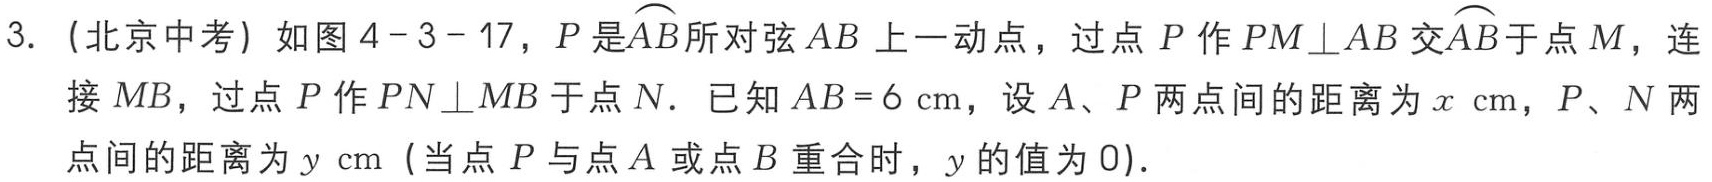
3. （北京中考）如图4 - 3 - 17，\(P\)是\(\overset{\frown}{AB}\)所对弦\(AB\)上一动点，过点\(P\)作\(PM\perp AB\)交\(\overset{\frown}{AB}\)于点\(M\)，连接\(MB\)，过点\(P\)作\(PN\perp MB\)于点\(N\). 已知\(AB = 6\mathrm{cm}\)，设\(A\)、\(P\)两点间的距离为\(x\mathrm{cm}\)，\(P\)、\(N\)两点间的距离为\(y\mathrm{cm}\)（当点\(P\)与点\(A\)或点\(B\)重合时，\(y\)的值为\(0\)）.